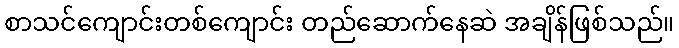
စာသင်ကျောင်းတစ်ကျောင်း တည်ဆောက်နေဆဲ အချိန်ဖြစ်သည်။